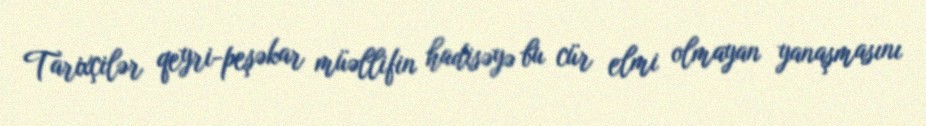
Tarixçilər qeyri-peşəkar müəllifin hadisəyə bu cür elmi olmayan yanaşmasını